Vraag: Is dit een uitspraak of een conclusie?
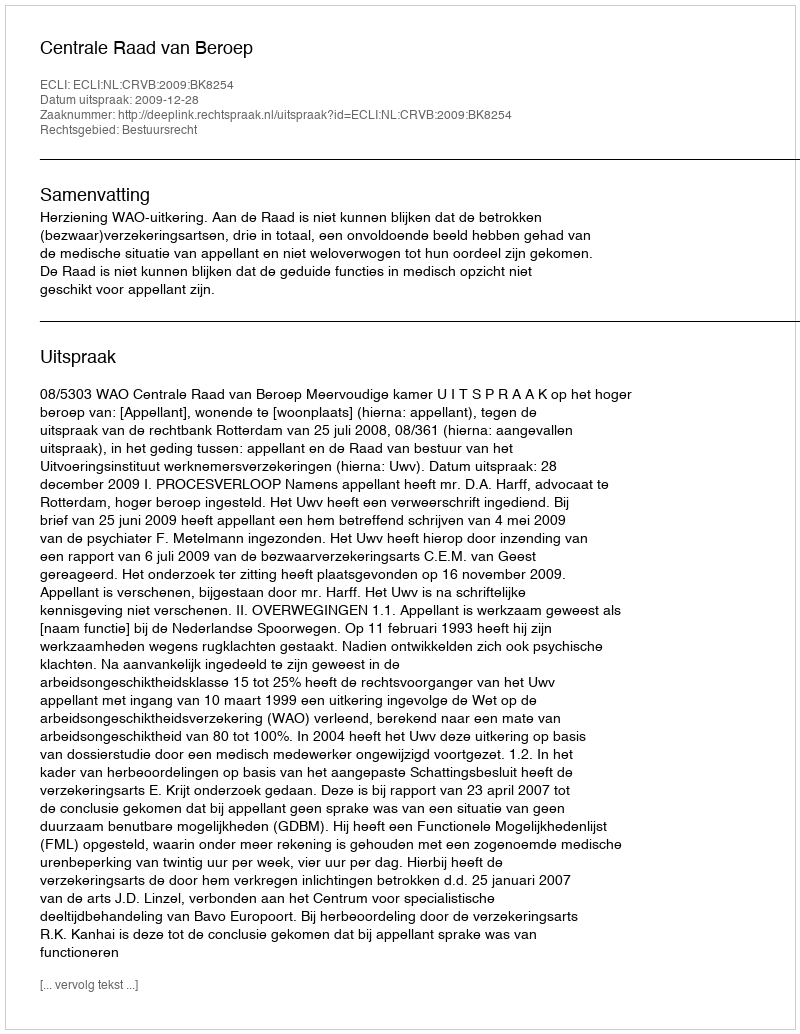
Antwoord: Uitspraak